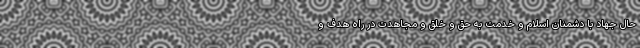
حال جهاد با دشمنان اسلام و خدمت به حق و خلق و مجاهدت در راه هدف و